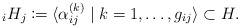
\begin{align*}_iH_j \coloneqq \langle \alpha_{ij}^{(k)} \mid k = 1, \dots, g_{ij} \rangle \subset H.\end{align*}